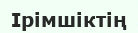
Ірімшіктің